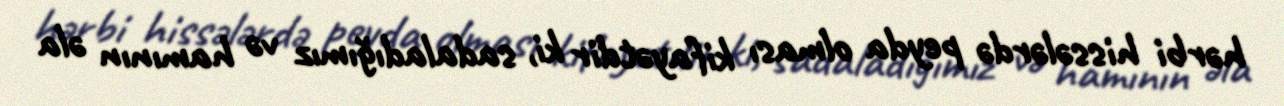
hərbi hissələrdə peyda olması kifayətdir ki, sadaladığımız və hamının əla